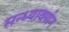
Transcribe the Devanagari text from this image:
सन्ध्यावर्णन